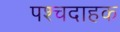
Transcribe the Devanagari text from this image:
पश्चदाहक